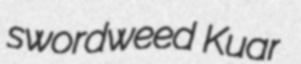
swordweed Kuar